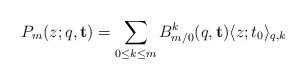
LaTeX: \begin{align*}P_m (z; q , \mathbf{t}) =\sum_{0\leq k\leq m} B^k_{m/0}(q,\mathbf{t})\langle z; t_0\rangle_{q,k} \end{align*}